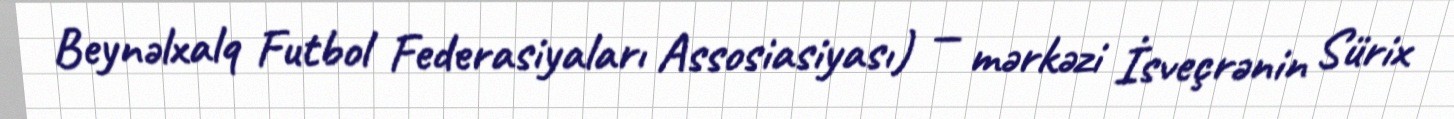
Beynəlxalq Futbol Federasiyaları Assosiasiyası) — mərkəzi İsveçrənin Sürix